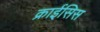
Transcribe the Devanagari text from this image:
क्राईसिस